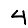
Digit: 4